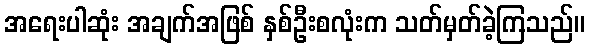
အရေးပါဆုံး အချက်အဖြစ် နှစ်ဦးစလုံးက သတ်မှတ်ခဲ့ကြသည်။